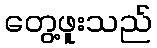
တွေ့ဖူးသည်